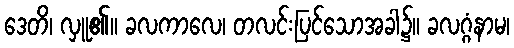
ဒေတိ၊ လှူ၏။ ခလကာလေ၊ တလင်းပြင်သောအခါ၌။ ခလဂ္ဂံနာမ၊